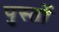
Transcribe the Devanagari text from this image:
पुस्तों